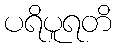
ပရိပူရတိ